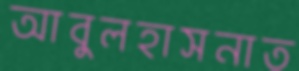
আবুলহাসনাত